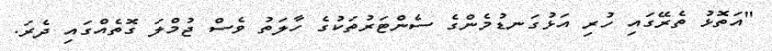
"އަތޮޅު ތެރޭގައި ހުރި އަޅުގަނޑުމެންގެ ސެންޓަރުތަކުގެ ހާލަތު ވެސް ޖުމްލަ ގޮތެއްގައި ދެރަ.